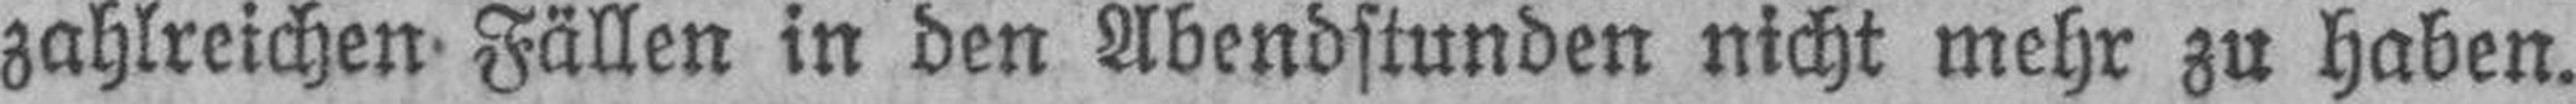
zahlreichen Fällen in den Abendstunden nicht mehr zu haben.